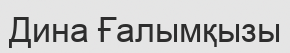
Дина Ғалымқызы